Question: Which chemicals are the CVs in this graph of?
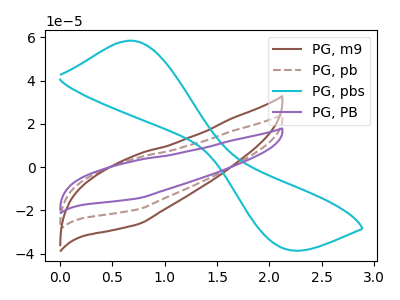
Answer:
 <answer>The brown curve is labeled "PG, m9". The brown dashed curve is labeled "PG, pb". The cyan curve is labeled "PG, pbs". The purple curve is labeled "PG, PB".</answer>
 <eval></eval>